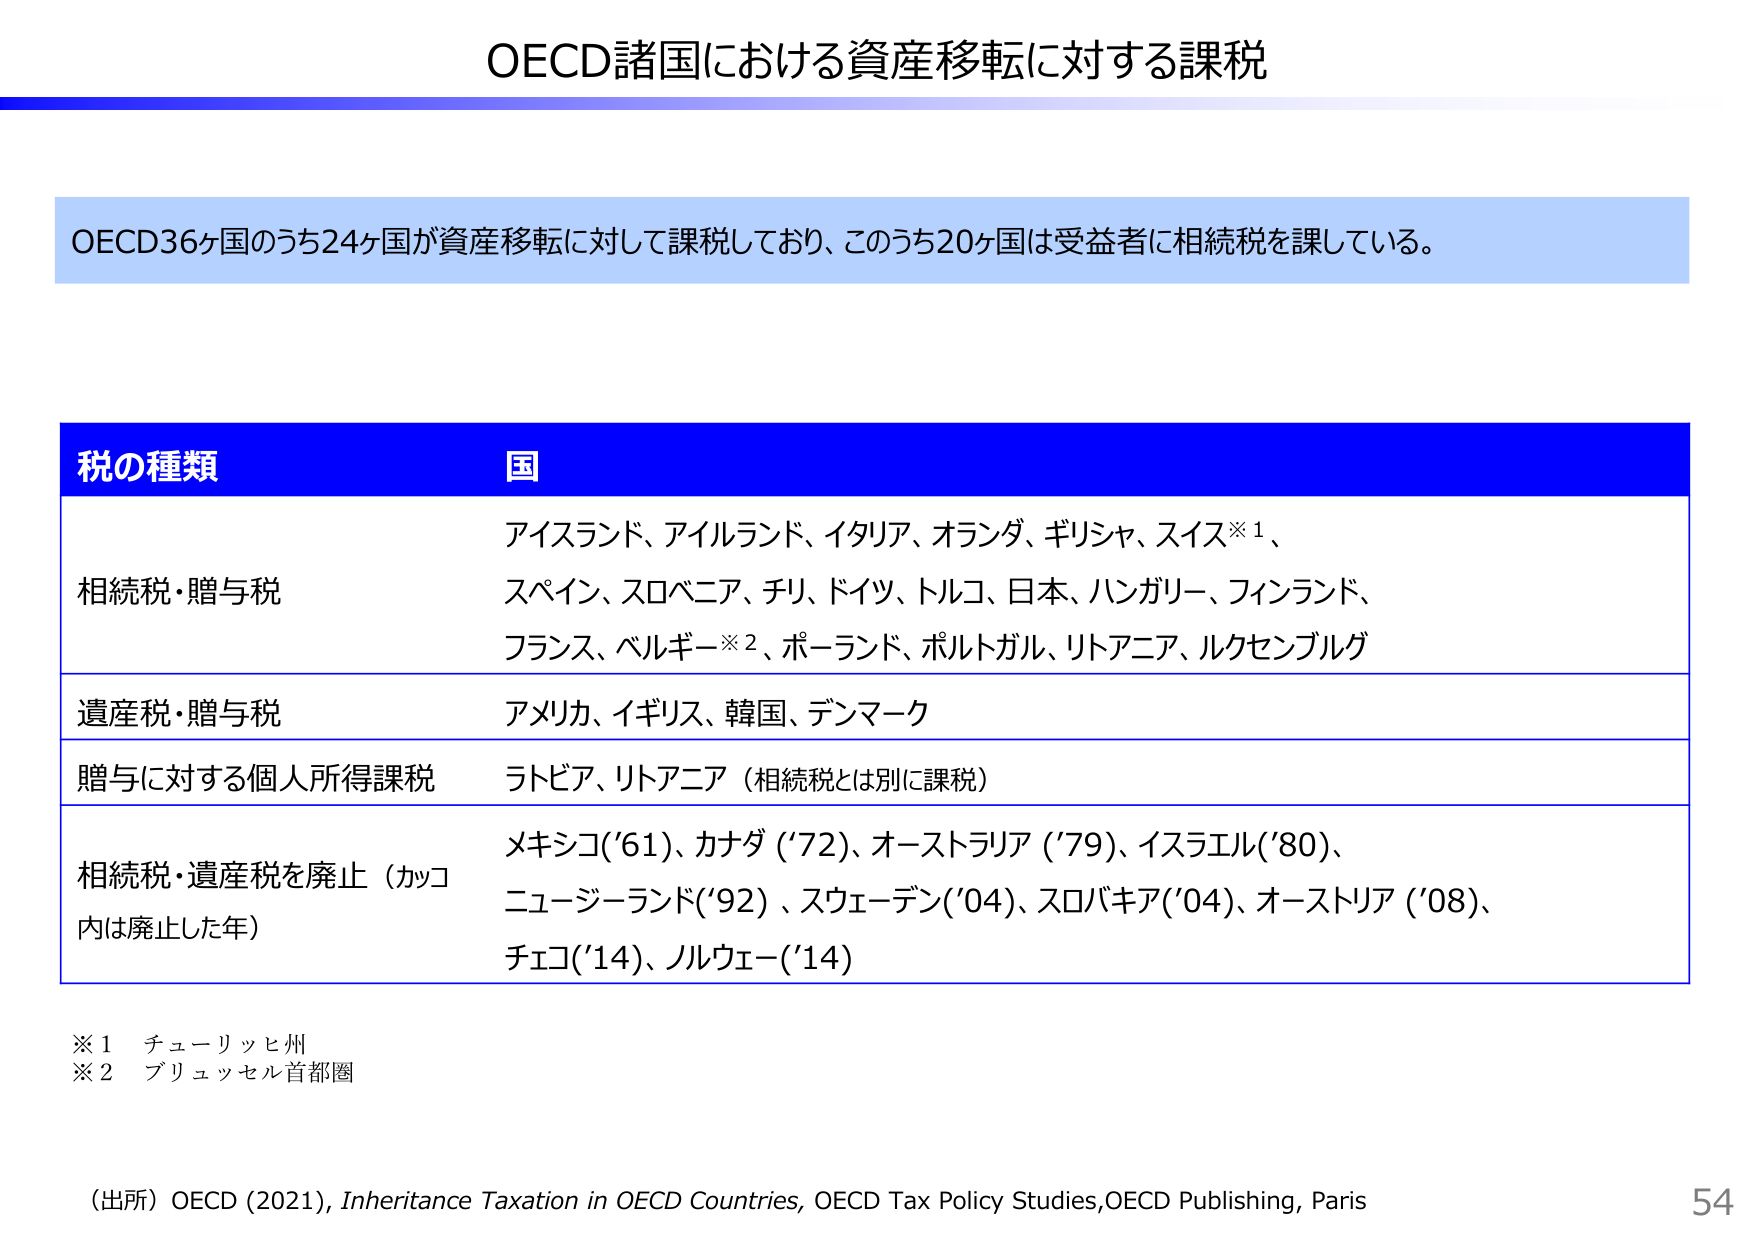
OECD諸国における資産移転に対する課税

OECD36ヶ国のうち24ヶ国が資産移転に対して課税しており、このうち20ヶ国は受益者に相続税を課している。

税の種類 国
相続税・贈与税 アイスランド、アイルランド、イタリア、オランダ、ギリシャ、スイス※1、
スペイン、スロベニア、チリ、ドイツ、トルコ、日本、ハンガリー、フィンランド、
フランス、ベルギー※2、ポーランド、ポルトガル、リトアニア、ルクセンブルグ
遺産税・贈与税 アメリカ、イギリス、韓国、デンマーク
贈与に対する個人所得課税 ラトビア、リトアニア（相続税とは別に課税）
相続税・遺産税を廃止（カッコ内は廃止した年） メキシコ('61)、カナダ('72)、オーストラリア('79)、イスラエル('80)、
ニュージーランド('92)、スウェーデン('04)、スロバキア('04)、オーストリア('08)、
チェコ('14)、ノルウェー('14)

※1 チューリッヒ州
※2 ブリュッセル首都圏

（出所）OECD (2021), Inheritance Taxation in OECD Countries, OECD Tax Policy Studies, OECD Publishing, Paris
54